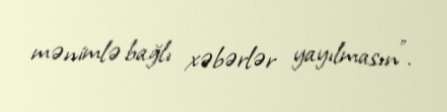
mənimlə bağlı xəbərlər yayılmasın”.